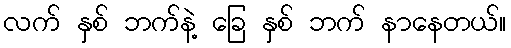
လက် နှစ် ဘက်နဲ့ ခြေ နှစ် ဘက် နာနေတယ်။